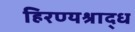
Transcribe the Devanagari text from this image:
हिरण्यश्राद्ध